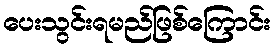
ပေးသွင်းရမည်ဖြစ်ကြောင်း